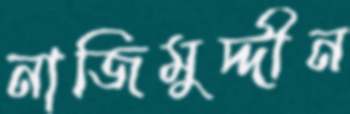
নাজিমুদ্দীন